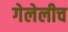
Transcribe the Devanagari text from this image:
गेलेलीच